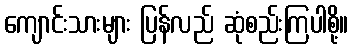
ကျောင်းသားများ ပြန်လည် ဆုံစည်းကြပါစို့။